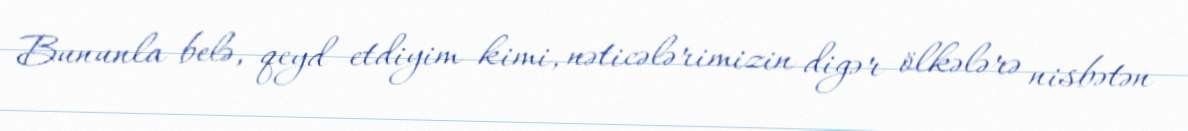
Bununla belə, qeyd etdiyim kimi, nəticələrimizin digər ölkələrə nisbətən